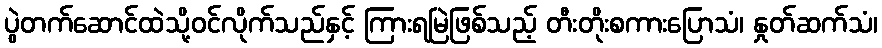
ပွဲတက်ဆောင်ထဲသို့ဝင်လိုက်သည်နှင့် ကြားရမြဲဖြစ်သည့် တီးတိုးစကားပြောသံ၊ နှုတ်ဆက်သံ၊